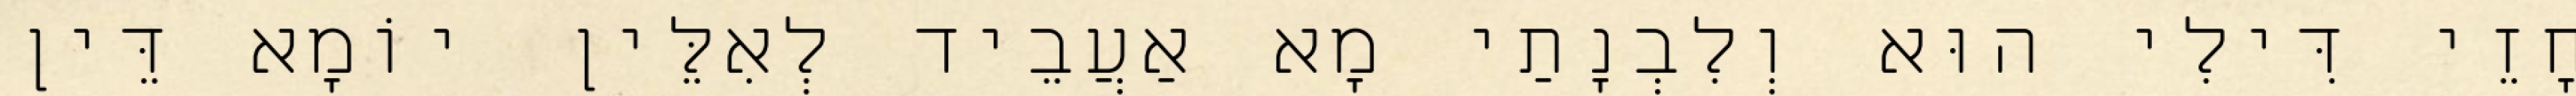
חָזֵי דִּילִי הוּא וְלִבְנָתַי מָא אַעֲבֵיד לְאִלֵּין יוֹמָא דֵּין